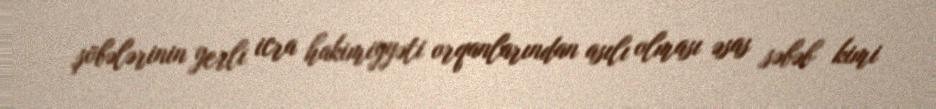
şöbələrinin yerli icra hakimiyyəti orqanlarından asılı olması əsas səbəb kimi